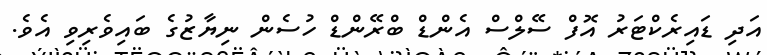
އަދި ޑައިރެކްޓަރު އޮފް ސޭލްސް އެންޑް ބްރޭންޑް ހުސެން ނިޔާޒުގެ ބައިވެރިވި އެވެ.